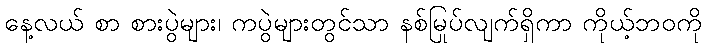
နေ့လယ် စာ စားပွဲများ၊ ကပွဲများတွင်သာ နစ်မြုပ်လျက်ရှိကာ ကိုယ့်ဘဝကို